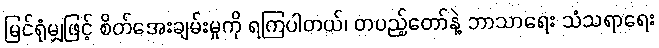
မြင်ရုံမျှဖြင့် စိတ်အေးချမ်းမှုကို ရကြပါတယ်၊ တပည့်တော်နဲ့ ဘာသာရေး သံသရာရေး